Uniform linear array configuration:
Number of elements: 8
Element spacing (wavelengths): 1
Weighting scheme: uniform
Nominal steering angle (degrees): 60
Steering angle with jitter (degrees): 60.034
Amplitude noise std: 0.05
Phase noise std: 0.05

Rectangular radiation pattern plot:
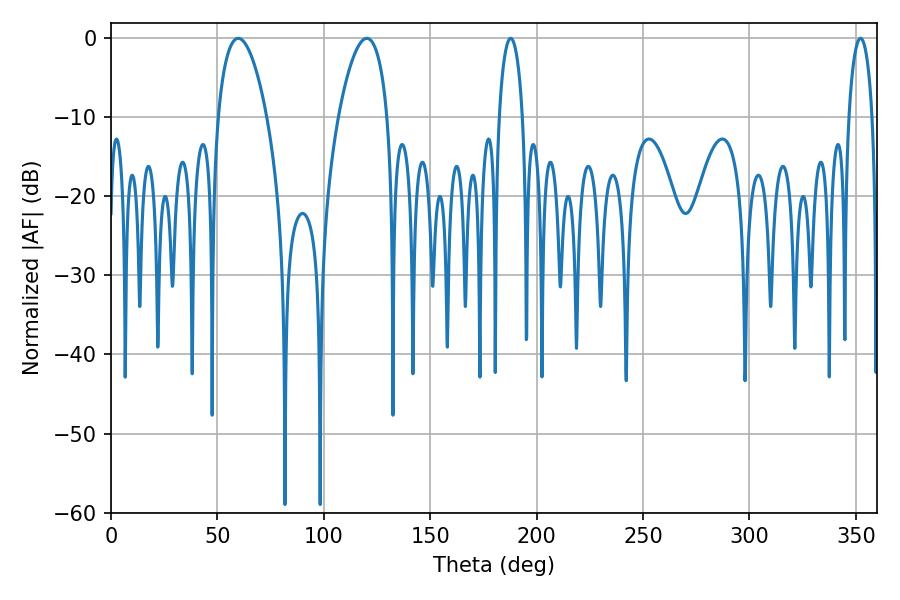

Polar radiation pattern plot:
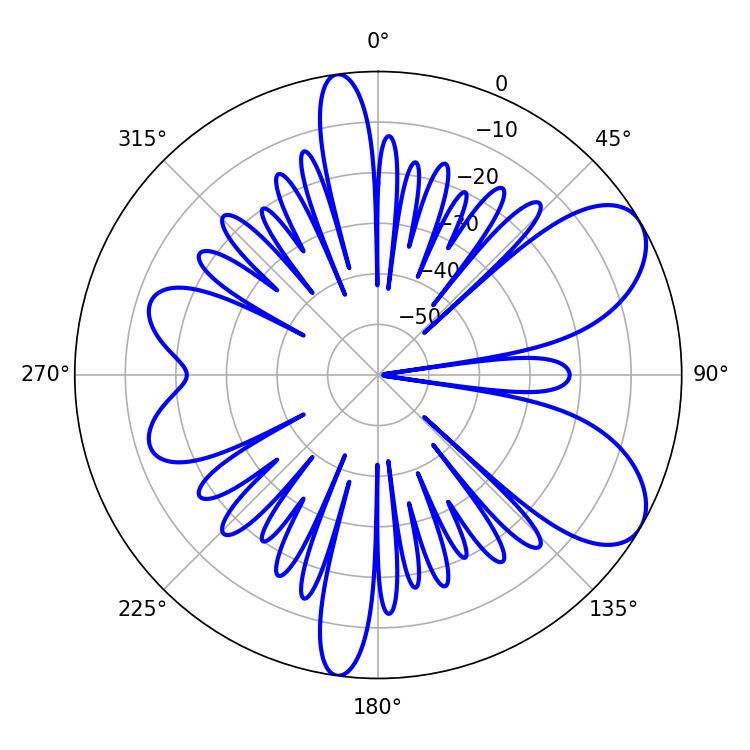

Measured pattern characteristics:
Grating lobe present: TRUE
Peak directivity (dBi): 7.492
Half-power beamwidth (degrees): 12.78
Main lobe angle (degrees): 59.76